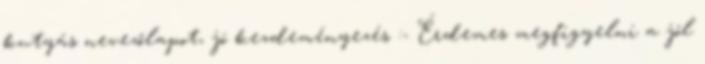
kutyás nevezőlapot, jó kezdeményezés :- Érdemes megfigyelni a jól